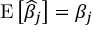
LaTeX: \operatorname { E } \left[ { \widehat { \beta } } _ { j } \right] = \beta _ { j }